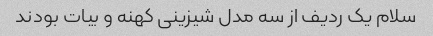
سلام یک ردیف از سه مدل شیزینی کهنه و بیات بودند